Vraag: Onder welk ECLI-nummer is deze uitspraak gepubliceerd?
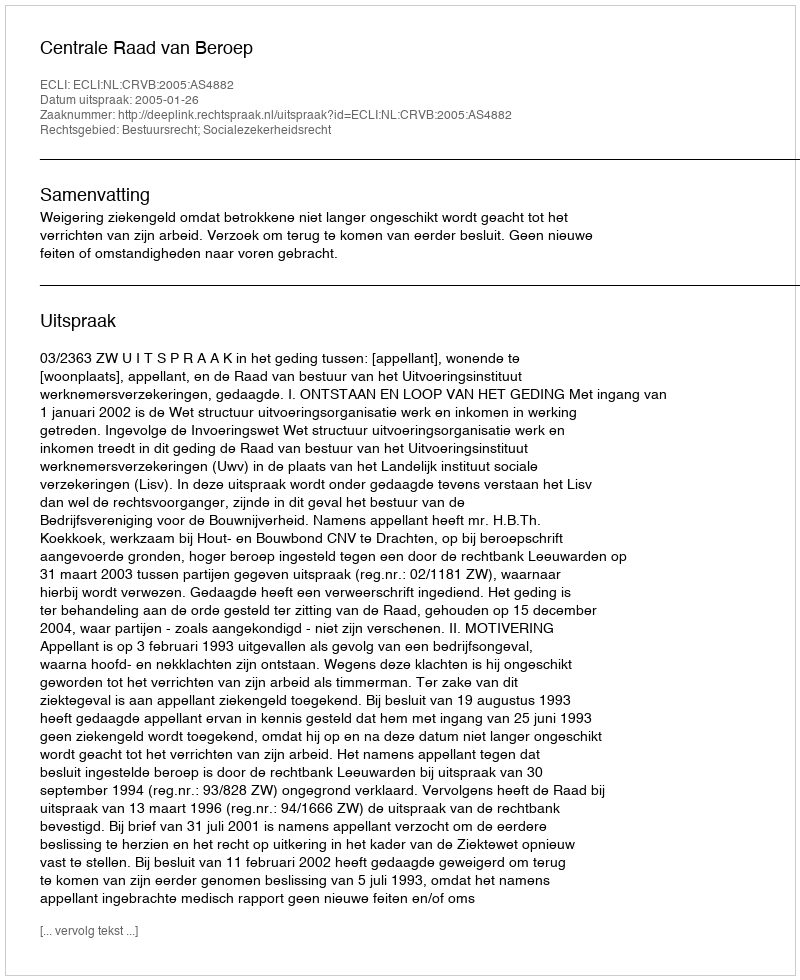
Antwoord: ECLI:NL:CRVB:2005:AS4882